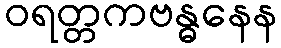
ဝရတ္တကဗန္ဓနေန